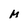
Character: M